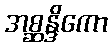
အစ္ဆန္ဒိကော